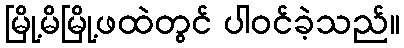
မြို့မိမြို့ဖထဲတွင် ပါဝင်ခဲ့သည်။